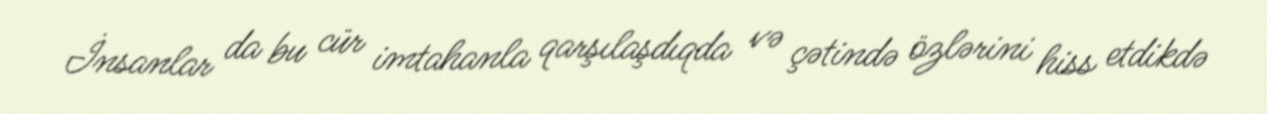
İnsanlar da bu cür imtahanla qarşılaşdıqda və çətində özlərini hiss etdikdə